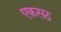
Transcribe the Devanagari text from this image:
एकसठ